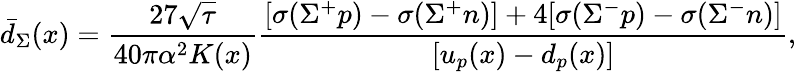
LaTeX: \bar{d}_{\Sigma}(x)=\frac{27\sqrt{\tau}}{40\pi\alpha^{2}K(x)}\frac{[\sigma(\Sigma^{+}p)-\sigma(\Sigma^{+}n)]+4[\sigma(\Sigma^{-}p)-\sigma(\Sigma^{-}n)]}{[u_{p}(x)-d_{p}(x)]},